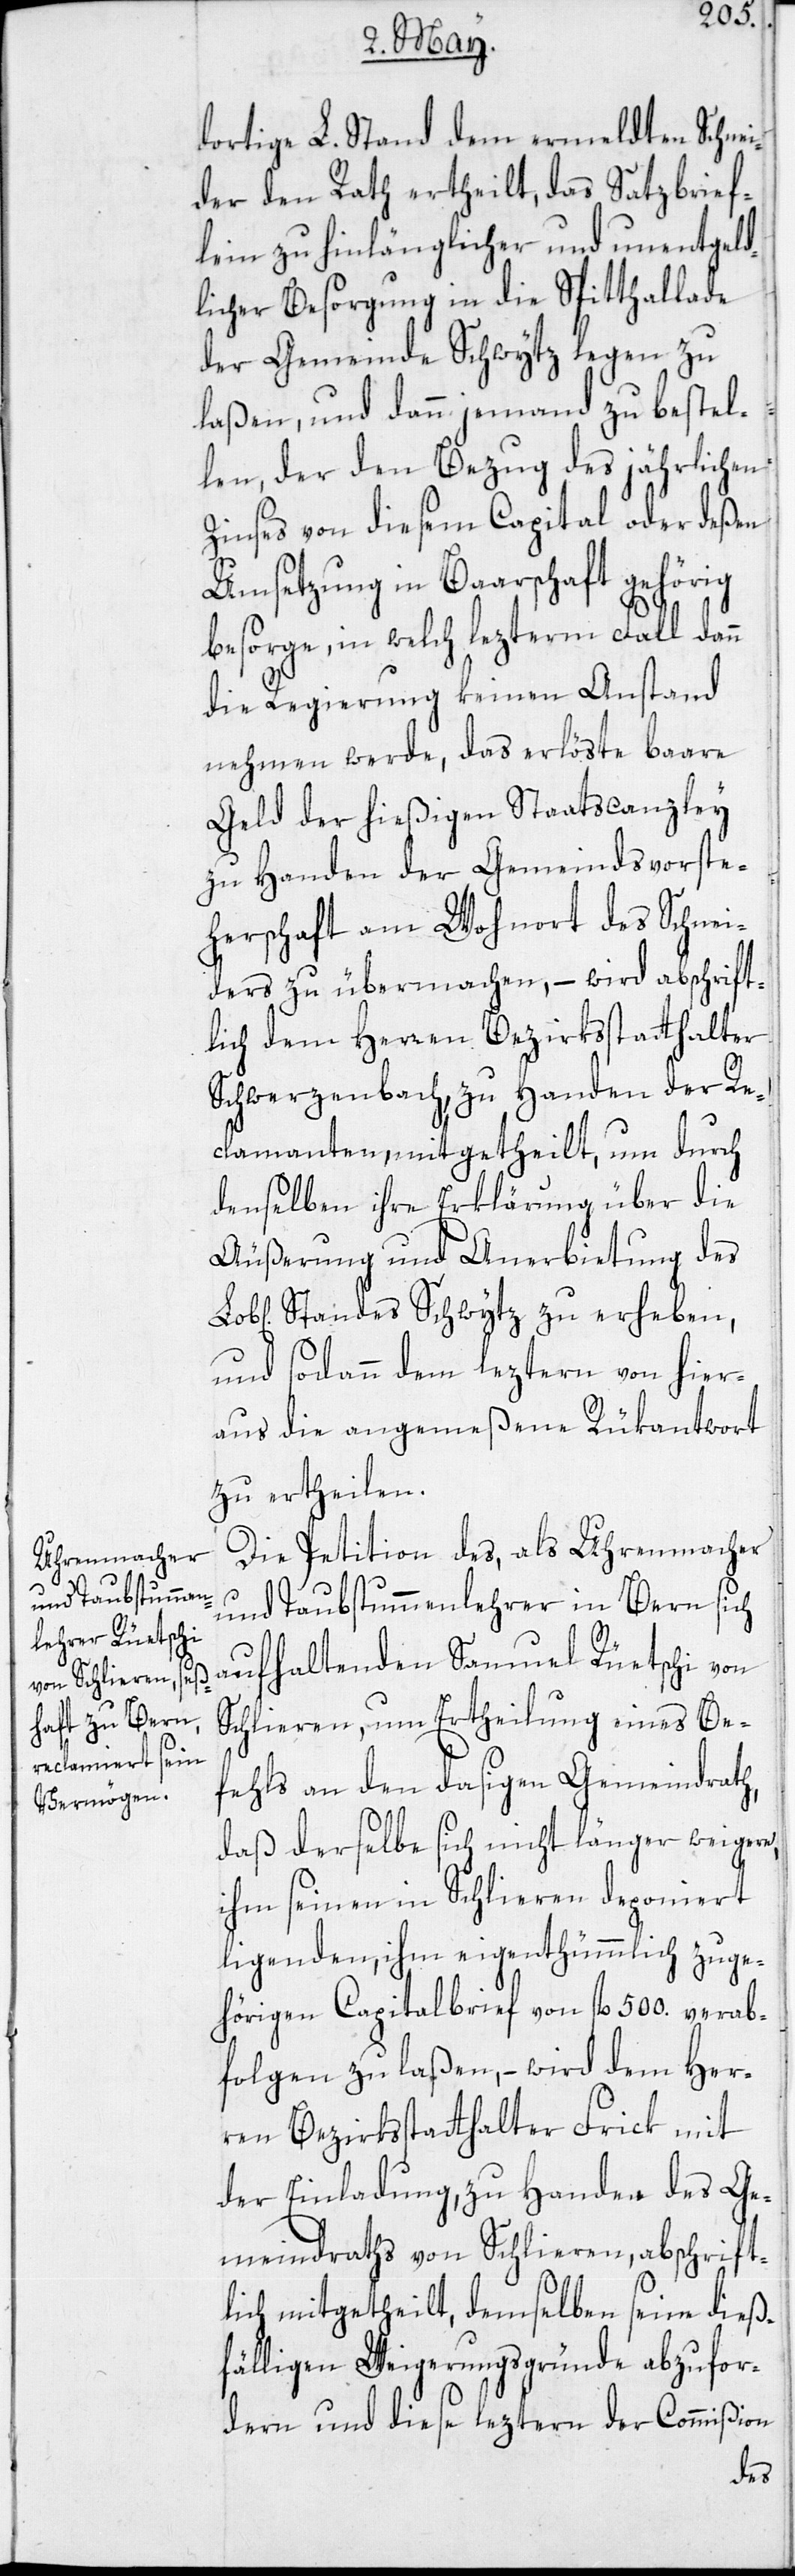
dortige L. Stand dem ermeldten Schnei¬
der den Rath ertheilt, das Satzbrief¬
lein zu hinlänglicher und unentgeld¬
licher Besorgung in die Spitthallade
der Gemeinde Schwytz legen zu
laßen, und dann jemand zu bestel¬
len, der den Bezug des jährlichen
Zinses von diesem Capital oder deßen
Umsetzung in Baarschaft gehörig
besorge, in welch lezterm Fall dann
die Regierung keinen Anstand
nehmen werde, das erlöste baare
Geld der hießigen Staatscanzley
zu Handen der Gemeindsvorste¬
herschaft am Wohnort des Schnei¬
ders zu übermachen, – wird abschrift¬
lich dem Herren Bezirksstatthalter
Schwerzenbach, zu Handen der Re¬
clamanten, mitgetheilt, um durch
denselben ihre Erklärung über die
Äußerung und Anerbietung des
Standes Schwytz zu erheben,
und sodann dem leztern von hier¬
aus die angemeßene Rükantwort
zu ertheilen.
Die Petition des, als Uhrenmacher
und Taubstummenlehrer in Bern sich
aufhaltenden Samuel Rüetschi von
Schlieren, um Ertheilung eines Be¬
fehls an den dasigen Gemeindrath,
daß derselbe sich nicht länger weigere,
ihm seinen in Schlieren deponiert
ligenden, ihm eigenthümmlich zuge¬
hörigen Capitalbrief von fl 500. verab¬
folgen zu laßen, – wird dem Her¬
ren Bezirksstatthalter Frick mit
der Einladung, zu Handen des Ge¬
meindraths von Schlieren, abschrift¬
lich mitgetheilt, demselben seine dieß¬
fälligen Weigerungsgründe abzufor¬
dern und diese leztern der Commißion